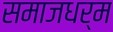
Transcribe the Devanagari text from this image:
समाजधर्म